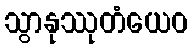
သွာနုဿုတံယေဝ